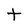
Character: t